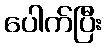
ပေါက်ပြီး